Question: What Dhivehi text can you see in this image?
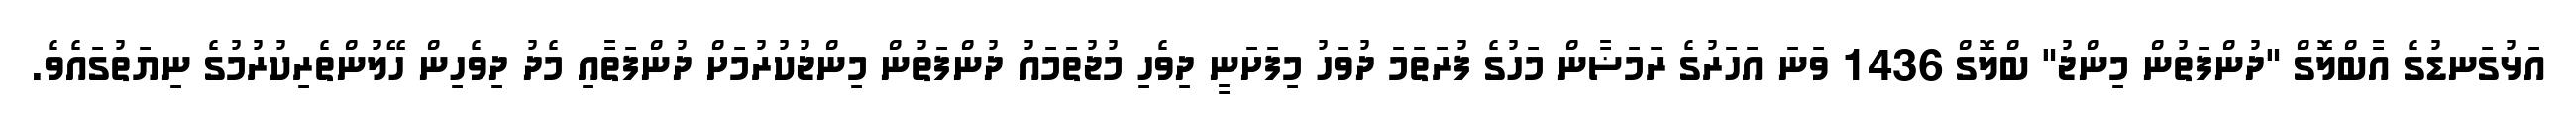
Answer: އަޅުގަނޑުގެ އާބްލޮގް "ދުންފަތުން މިންޖު" ބްލޮގް 1436 ވަނަ އަހަރުގެ ރަމަޟާން މަހުގެ ފުރަތަމަ ދުވަހު މިފަށަނީ ދިވެހި މުޖުތަމައު ދުންފަތުން މިންޖުކުރުމަށް ދުންފަތާއި މެދު ދިވެހިން ހޭލުންތެރިކުރުމުގެ ނިޔަތުގައެވެ.